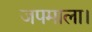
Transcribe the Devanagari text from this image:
जपमाला।